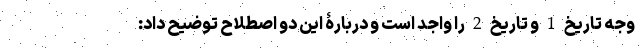
وجه تاریخ 1 و تاریخ 2 را واجد است و دربارۀ این دو اصطلاح توضیح داد: